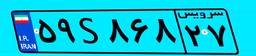
۶۲S۵۶۴۵۹